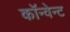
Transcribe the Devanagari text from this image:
कॉन्वेन्ट